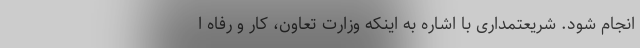
انجام شود. شریعتمداری با اشاره به اینکه وزارت تعاون، کار و رفاه ا